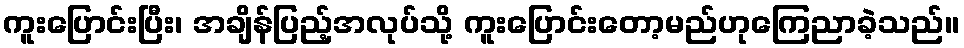
ကူးပြောင်းပြီး၊ အချိန်ပြည့်အလုပ်သို့ ကူးပြောင်းတော့မည်ဟုကြေညာခဲ့သည်။